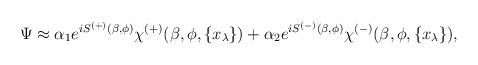
LaTeX: \begin{align*}\Psi\approx \alpha_1e^{iS^{(+)}(\beta,\phi)}\chi^{(+)} (\beta,\phi,\{x_{\lambda}\}) +\alpha_2 e^{iS^{(-)}(\beta,\phi)}\chi^{(-)} (\beta,\phi,\{x_{\lambda}\}),\end{align*}